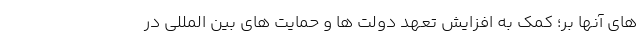
های آنها بر؛ کمک به افزایش تعهد دولت ها و حمایت های بین المللی در